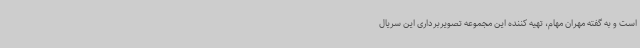
است و به گفته مهران مهام، تهیه کننده این مجموعه تصویربرداری این سریال